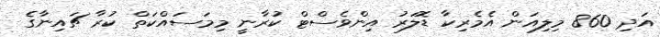
އަދި 860 މިލިއަން އެމެރިކާ ޑޮލަރު އިންވެސްޓް ކުރާނީ މިމަސައްކަތް ކުރާ ޗައިނާގެ